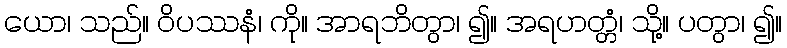
ယော၊ သည်။ ဝိပဿနံ၊ ကို။ အာရဘိတွာ၊ ၍။ အရဟတ္တံ၊ သို့။ ပတွာ၊ ၍။